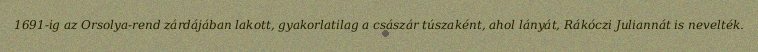
1691-ig az Orsolya-rend zárdájában lakott, gyakorlatilag a császár túszaként, ahol lányát, Rákóczi Juliannát is nevelték.